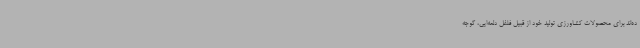
ده‌اند برای محصولات کشاورزی تولید خود از قبیل فلفل دلمه‌ایی، گوجه